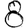
Digit: 8